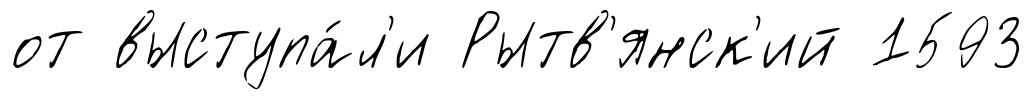
от выступа́л'и Рытв'янск'ий 1593